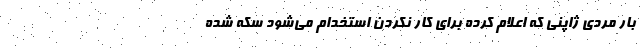
بار مردی ژاپنی که اعلام کرده برای کار نکردن استخدام می‌شود سکه شده